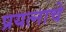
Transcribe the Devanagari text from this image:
प्रयत्नाचे